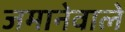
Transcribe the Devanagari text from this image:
जमानेवाले